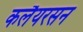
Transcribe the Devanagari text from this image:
कलैयरसन